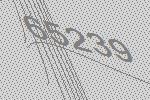
65239